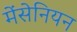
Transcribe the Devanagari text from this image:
मेंसेनियन